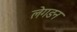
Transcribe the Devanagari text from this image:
लेगडन